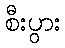
စီးပွား